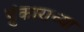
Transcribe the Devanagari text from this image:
हुंकाराच्या